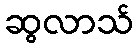
ဆွလာသ်